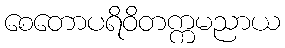
စေတောပရိဝိတက္ကမညာယ